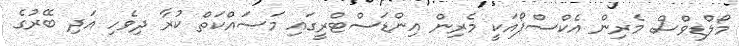
މޯލްޑިވްސް މެރިން އެކްސްޕޯއަކީ މެރިން އިންޑަސްޓްރީގައި މަސައްކަތް ކުރާ ދިވެހި އަދި ބޭރުގެ